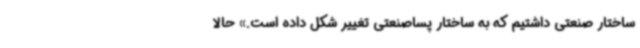
ساختار صنعتی داشتیم که به ساختار پساصنعتی تغییر شکل داده است.» حالا